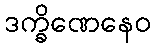
ဒက္ခိဏေနေဝ